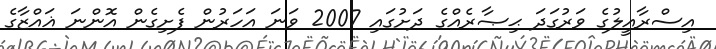
އިސްރާއީލުގެ ވަރުގަދަ ޙިޞާރެއްގެ ދަށުގައި 2007 ވަނަ އަހަރުން ފެށިގެން އޮންނަ ޣައްޒާގެ